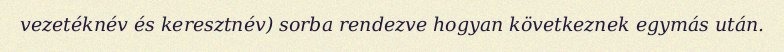
vezetéknév és keresztnév) sorba rendezve hogyan következnek egymás után.